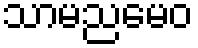
သာမညမေဝ